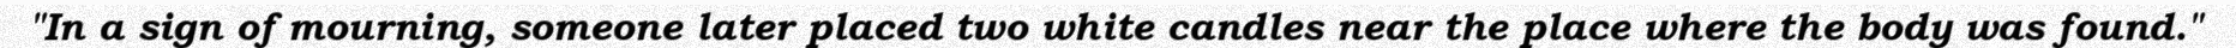
"In a sign of mourning, someone later placed two white candles near the place where the body was found."